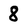
Character: 8